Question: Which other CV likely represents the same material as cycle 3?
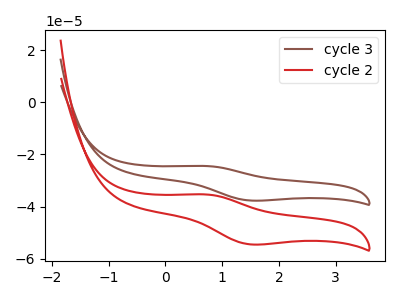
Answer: <think>The brown curve "cycle 3" has an anodic peak at (0.70V, -24.45uA) and a cathodic peak at (1.50V, -37.65uA). The red curve "cycle 2" has an anodic peak at (0.70V, -35.30uA) and a cathodic peak at (1.50V, -54.45uA).
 All the peaks in "cycle 3" have a peak in "cycle 2" at the same potential.</think>
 <answer>The CV with the most similar shape to "cycle 2" is "cycle 3".</answer>
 <eval>"cycle 3"</eval>